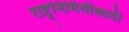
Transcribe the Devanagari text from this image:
राष्ट्रनिर्मितीसाठी